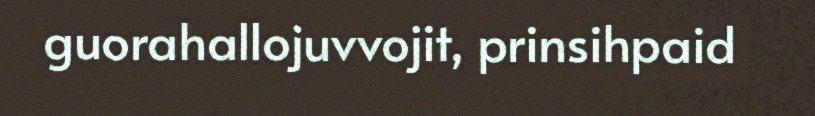
guorahallojuvvojit, prinsihpaid